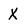
Character: X